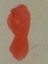
Text: 8